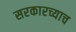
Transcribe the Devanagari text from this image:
सरकारच्याच